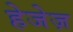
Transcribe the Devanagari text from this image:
हेजेज़